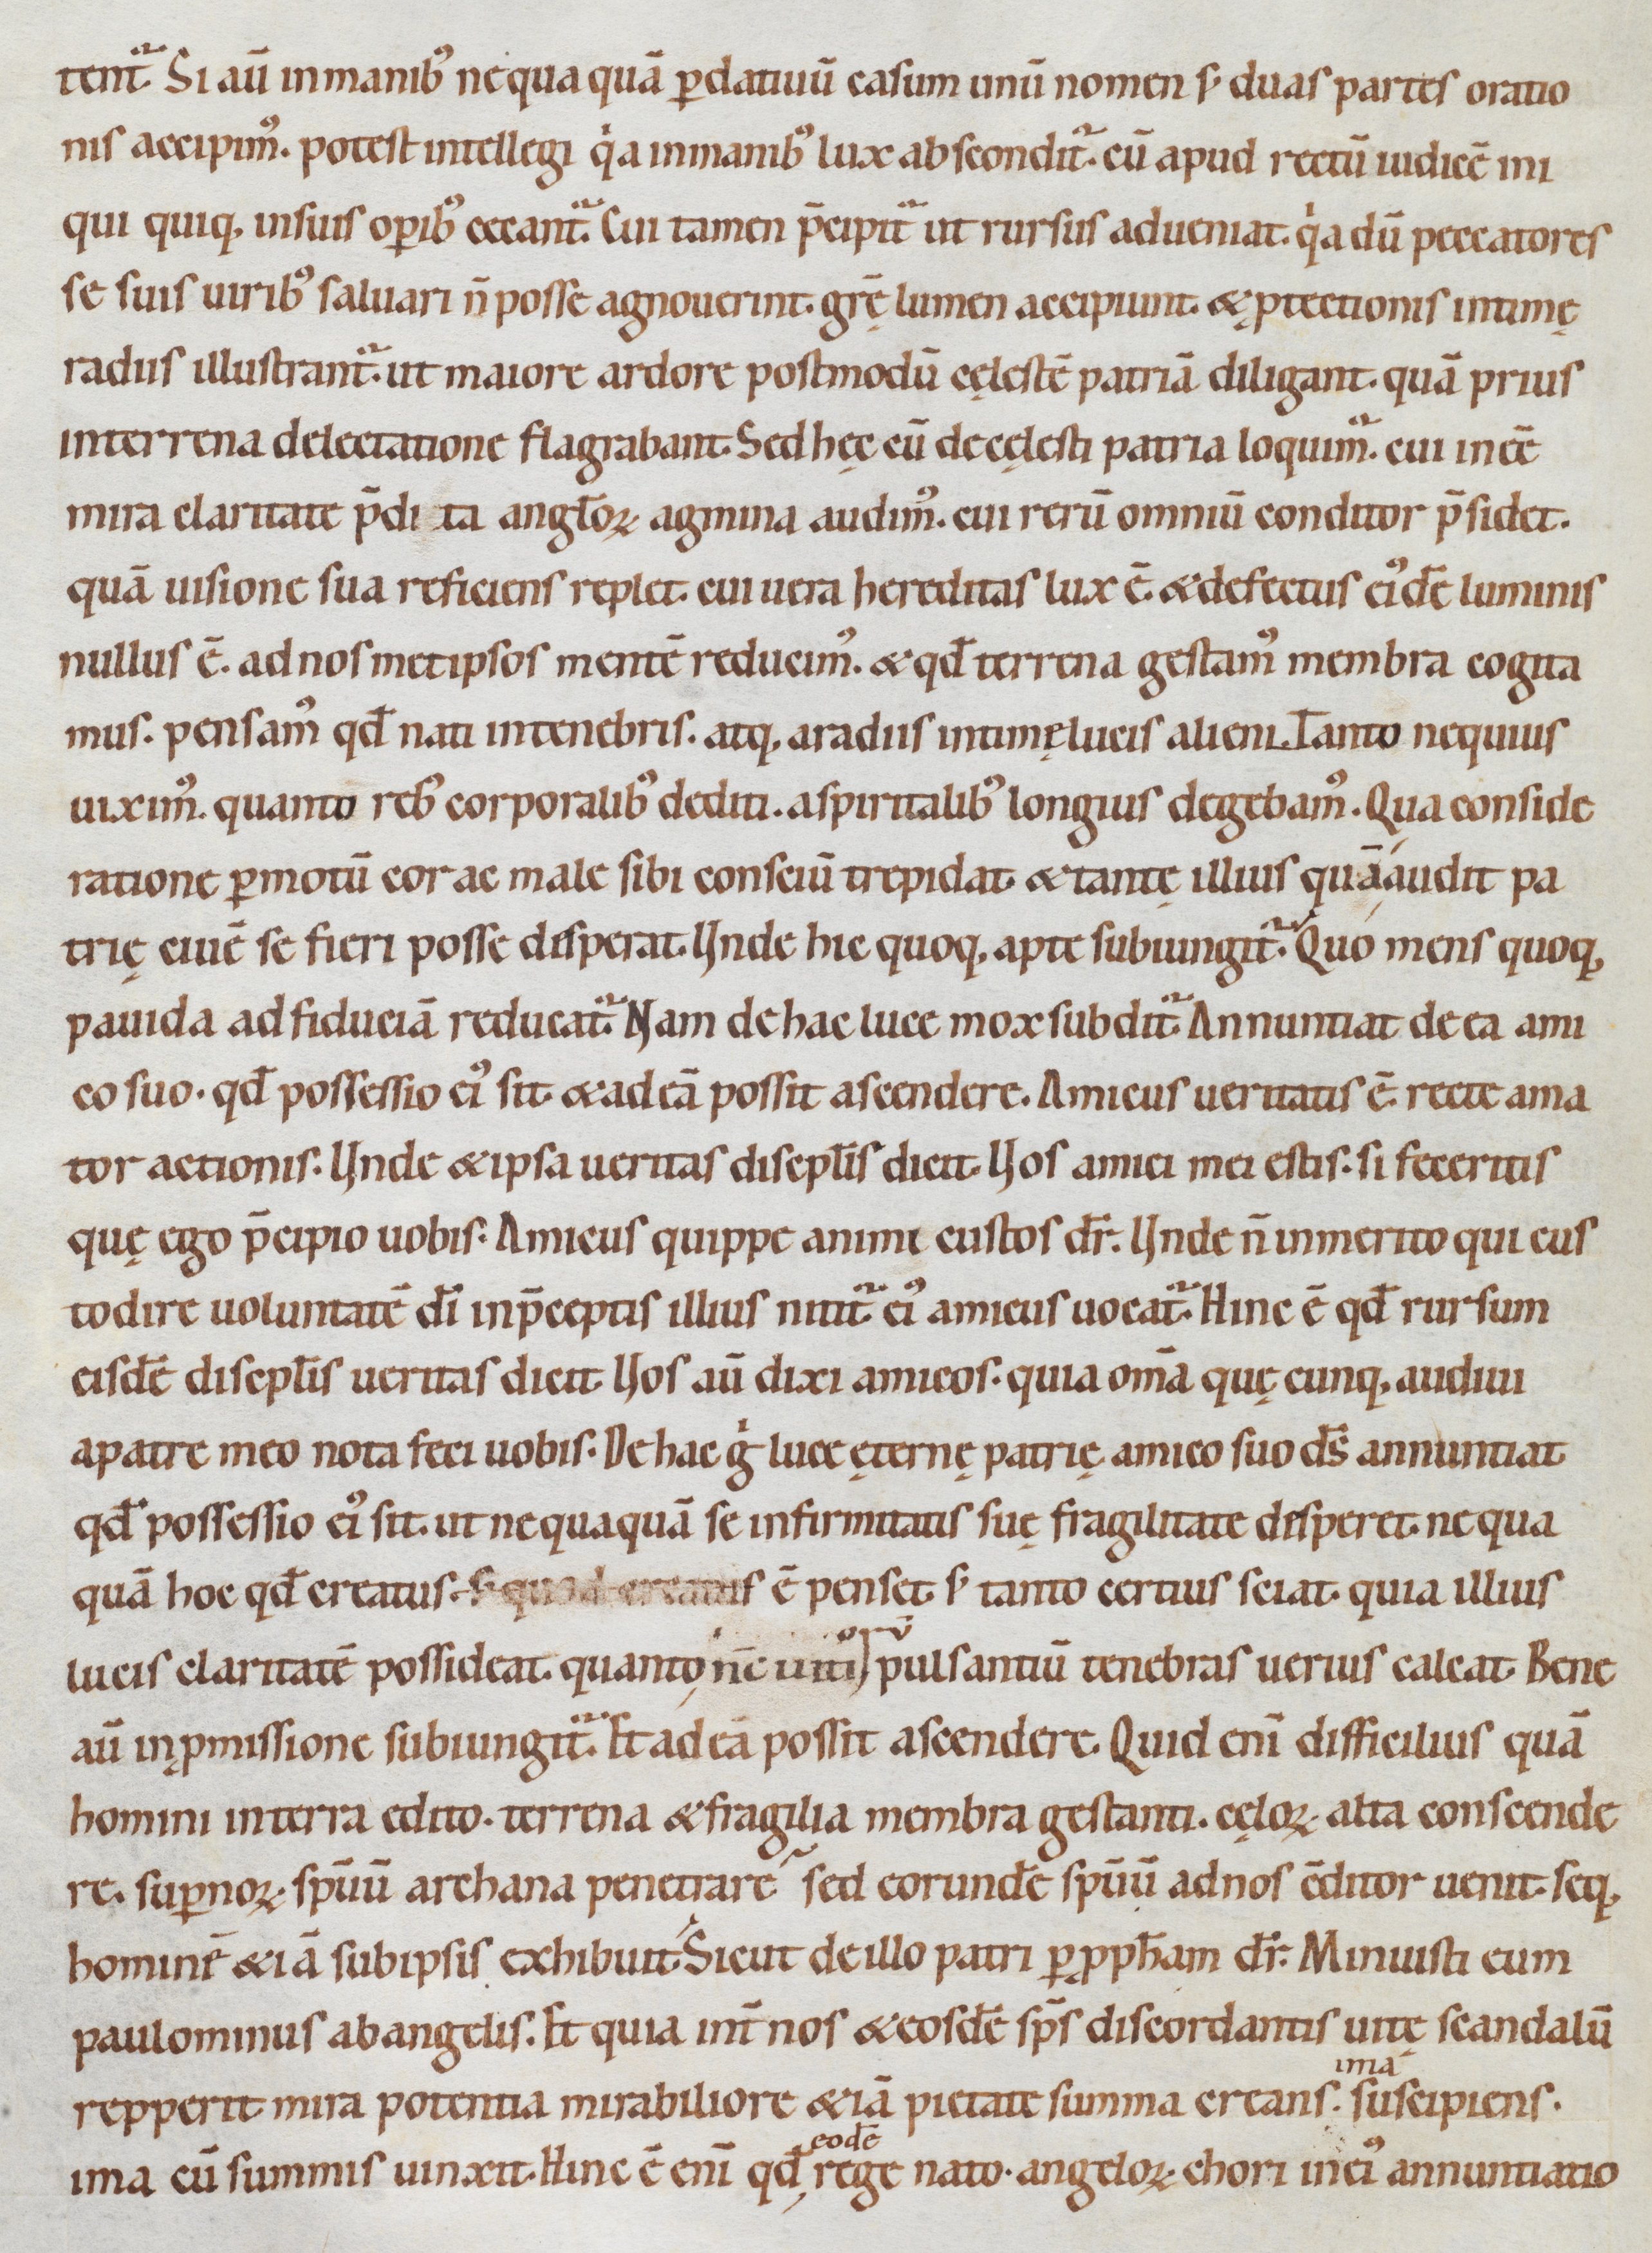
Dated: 1080–1096